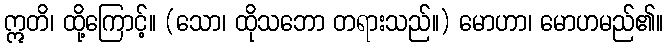
ဣတိ၊ ထို့ကြောင့်။ (သော၊ ထိုသဘော တရားသည်။) မောဟာ၊ မောဟမည်၏။